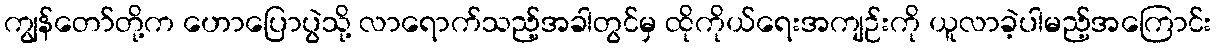
ကျွန်တော်တို့က ဟောပြောပွဲသို့ လာရောက်သည့်အခါတွင်မှ ထိုကိုယ်ရေးအကျဉ်းကို ယူလာခဲ့ပါမည့်အကြောင်း